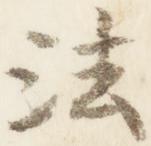
法